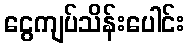
ငွေကျပ်သိန်းပေါင်း